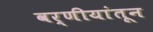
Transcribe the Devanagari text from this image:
वर्णीयांतून